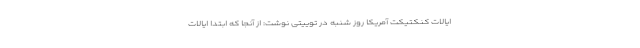
ایالات کنکتیکت آمریکا روز شنبه در توییتی نوشت: از آنجا که ابتدا ایالات